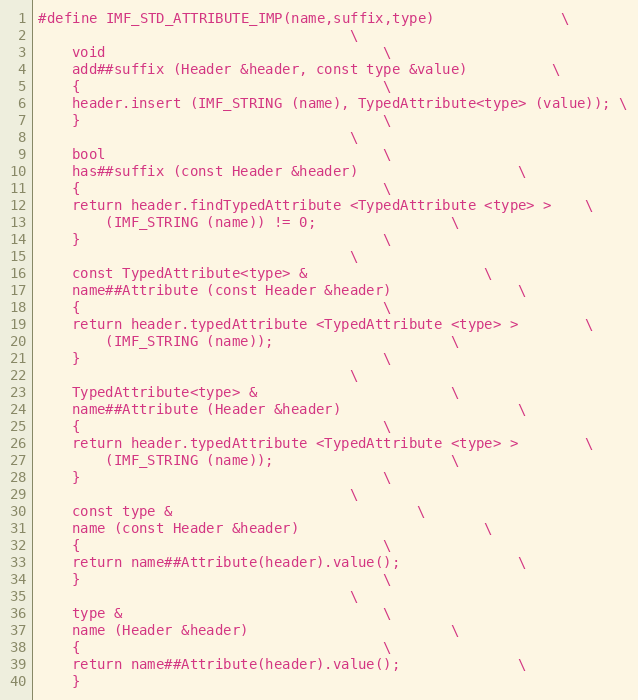
Language: C++
#define IMF_STD_ATTRIBUTE_IMP(name,suffix,type)				 \
									 \
    void								 \
    add##suffix (Header &header, const type &value)			 \
    {									 \
	header.insert (IMF_STRING (name), TypedAttribute<type> (value)); \
    }									 \
									 \
    bool								 \
    has##suffix (const Header &header)					 \
    {									 \
	return header.findTypedAttribute <TypedAttribute <type> >	 \
		(IMF_STRING (name)) != 0;				 \
    }									 \
									 \
    const TypedAttribute<type> &					 \
    name##Attribute (const Header &header)				 \
    {									 \
	return header.typedAttribute <TypedAttribute <type> >		 \
		(IMF_STRING (name));					 \
    }									 \
									 \
    TypedAttribute<type> &						 \
    name##Attribute (Header &header)					 \
    {									 \
	return header.typedAttribute <TypedAttribute <type> >		 \
		(IMF_STRING (name));					 \
    }									 \
									 \
    const type &							 \
    name (const Header &header)						 \
    {									 \
	return name##Attribute(header).value();				 \
    }									 \
									 \
    type &								 \
    name (Header &header)						 \
    {									 \
	return name##Attribute(header).value();				 \
    }